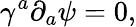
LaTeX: \gamma^{a}\partial_{a}\psi=0,